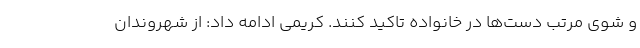
و شوی مرتب دست‌ها در خانواده تاکید کنند. کریمی ادامه داد: از شهروندان